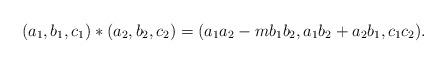
LaTeX: \begin{align*} (a_1,b_1,c_1)*(a_2,b_2,c_2)=(a_1a_2 - mb_1b_2, a_1b_2 + a_2b_1,c_1c_2).\end{align*}